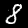
Digit: 8